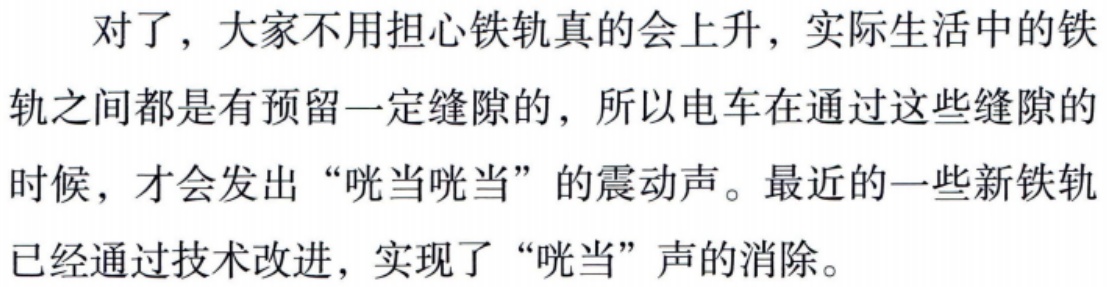
对了，大家不用担心铁轨真的会上升，实际生活中的铁轨之间都是有预留一定缝隙的，所以电车在通过这些缝隙的时候，才会发出“咣当咣当”的震动声。最近的一些新铁轨已经通过技术改进，实现了“咣当”声的消除。